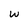
Character: W